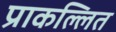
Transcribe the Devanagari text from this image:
प्राकल्लित